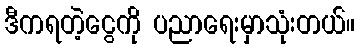
ဒီကရတဲ့ငွေကို ပညာရေးမှာသုံးတယ်။